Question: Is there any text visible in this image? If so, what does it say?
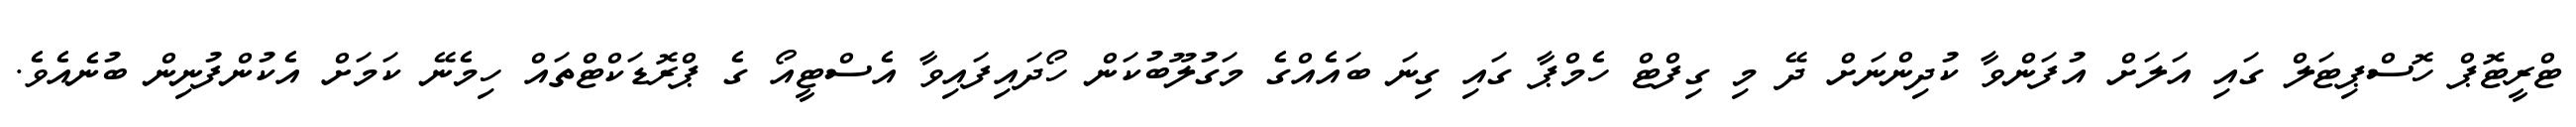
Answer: ޓްރީޓޮޕް ހޮސްޕިޓަލް ގައި އަލަށް އުފަންވާ ކުދިންނަށް ދޭ މި ގިފްޓް ހެމްޕާ ގައި ގިނަ ބައެއްގެ މަގުލޫބުކަން ހޯދައިފައިވާ އެސްޓީއޯ ގެ ޕްރޮޑަކްޓްތައް ހިމެނޭ ކަމަށް އެކުންފުނިން ބުނެއެވެ.